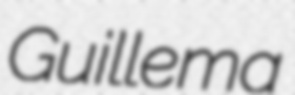
Guillema